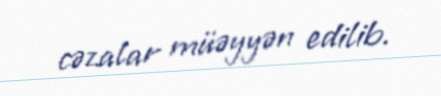
cəzalar müəyyən edilib.